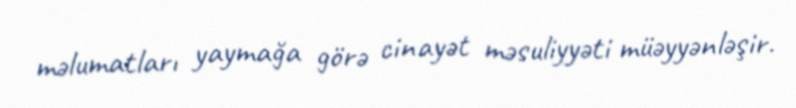
məlumatları yaymağa görə cinayət məsuliyyəti müəyyənləşir.